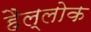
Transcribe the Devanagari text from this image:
हैल्लोक